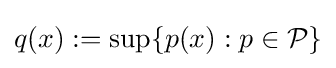
q(x):=\sup\{p(x):p\in {\mathcal {P}}\}